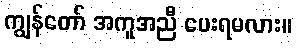
ကျွန်တော် အကူအညီ ပေးရမလား။